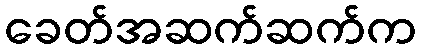
ခေတ်အဆက်ဆက်က